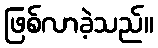
ဖြစ်လာခဲ့သည်။